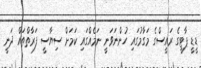
ޑީޑީ ޕާޓީގެ ރައީސްގެ މަގާމުގައި ހުންނަވަނީ ނަމެއްގައި ކަމަށް ސިޔާސީ ފަރާތްތައް ދަނީ